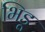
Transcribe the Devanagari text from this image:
भिडू